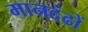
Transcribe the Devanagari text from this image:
मानदंढों